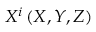
X ^ { i } \left( X , Y , Z \right)